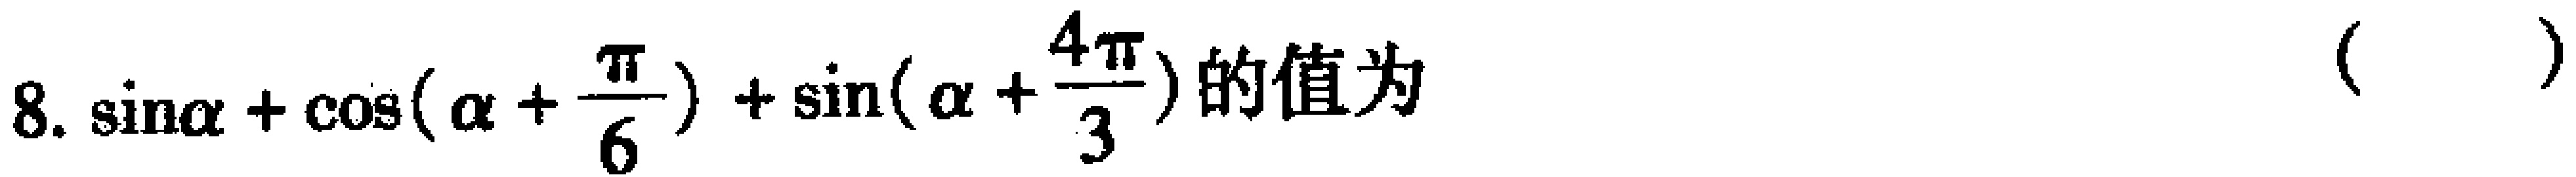
8. $\sin\alpha+\cos(\alpha +\frac{\pi}{6})+\sin(\alpha+\frac{4\pi}{3})$的值为（  ）